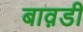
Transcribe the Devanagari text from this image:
बाव़डी